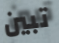
تبين